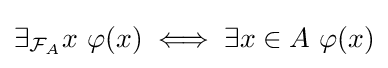
\exists _{{\mathcal {F}}_{A}}x\ \varphi (x)\iff \exists x\in A\ \varphi (x)